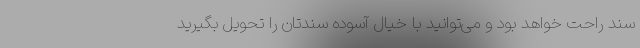
سند راحت خواهد بود و می‌توانید با خیال آسوده سندتان را تحویل بگیرید